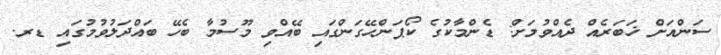
ސަންއަށް ޚަބަރެއް ދެއްވުމަށް: ޑެންމާކުގެ ކޯޕަންހޭގަންގައި ބޭއްވި މޫސުމާ ބެހޭ ބައްދަލުވުމުގައި ޑރ.